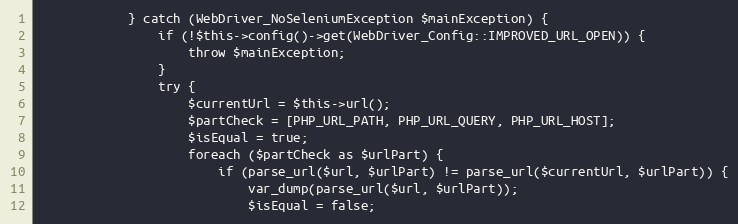
Language: PHP
            } catch (WebDriver_NoSeleniumException $mainException) {
                if (!$this->config()->get(WebDriver_Config::IMPROVED_URL_OPEN)) {
                    throw $mainException;
                }
                try {
                    $currentUrl = $this->url();
                    $partCheck = [PHP_URL_PATH, PHP_URL_QUERY, PHP_URL_HOST];
                    $isEqual = true;
                    foreach ($partCheck as $urlPart) {
                        if (parse_url($url, $urlPart) != parse_url($currentUrl, $urlPart)) {
                            var_dump(parse_url($url, $urlPart));
                            $isEqual = false;